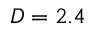
D = 2 . 4